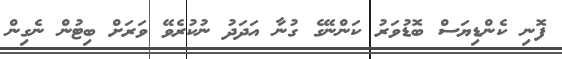
ފޮނި ކެންޑިޔަސް ބޮޑުވަރު ކަންނޭގެ ގުނާ އަދަދު ނުކުރެވޭ ވަރަށް ބިޓުން ނެގިން